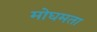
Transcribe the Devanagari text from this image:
मोघमता